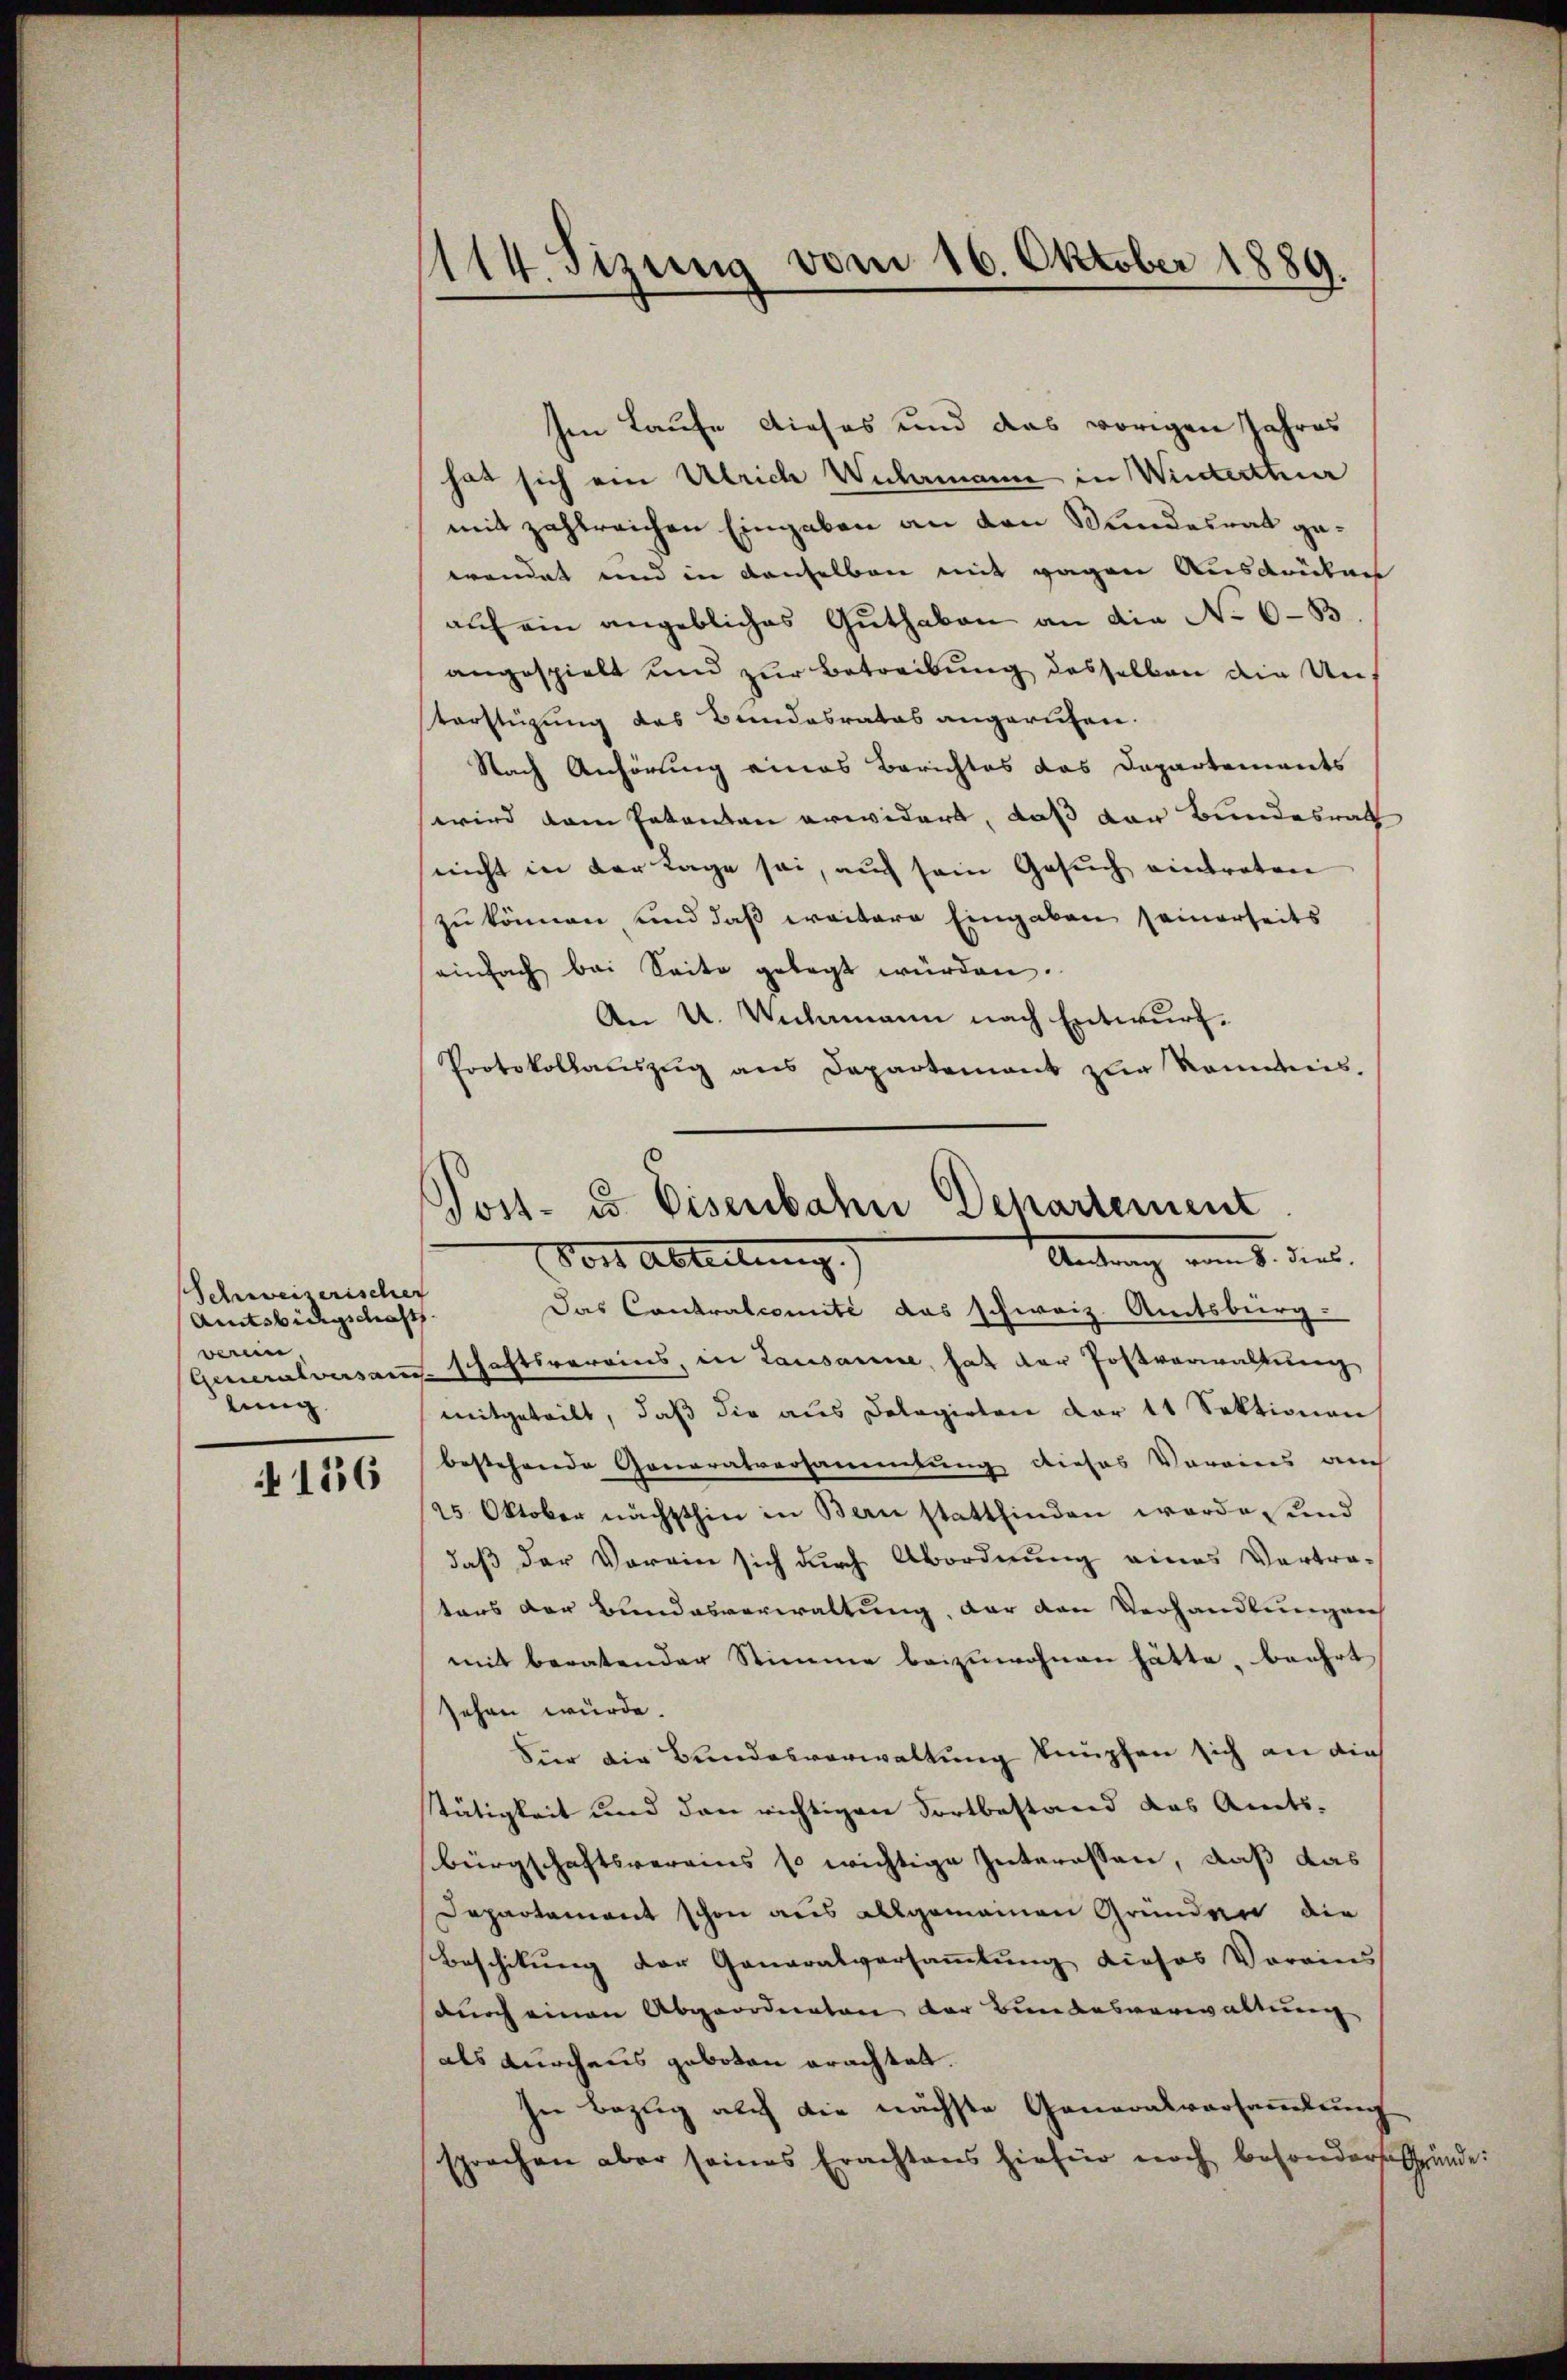
Schweiserischer
Amtsbürgschaft.
werin.
lung.

156

en Laufe dieses und das vorigen Jahres
hat sich ein Ulrich Wulamann in Winterthur
mit zahlreichen Eingaben an den Kundesrat gewendet und in denselben mit gegen Ausdrükers
auf ein angebliches Guthaben an die No 6-B
angespielt und zur Betreibung desselben die Auf
terftigung das Bundesrates angerufen.
Nach Anhörung eines Berichtes das Departements
wird dem Entanten erwidert, daß der Bundesrath
nicht in der Tage sei, auch sein Gesuch eintreten
zu können, und daß weitere Eingaben seinerseits
einfach bei Seite gelegt würden.
An U. Valamann nach Entwurf.
Protokollauszug aus Departement zur Kenntnis.

114. Sizung vom 16. Oktober 1889.

Post- u. Eisenbahn Departement
Antrag vom 8. dies
Vor Abteilung.
Das Contralcomité das schweiz. Amtsbürg

Generalversam schaftsvereins, in Lausanne, hat der Postverwaltung
mitgeteilt, daß die aus Dolagirten der 11 Sektionen
bestehende Generalversammlung dieses Vorains auch
25. Oktober nächsthin in Bern stattfinden werde, und
daß der Vorrin sich durch Abordnung eines Vertra-
tars der Bundesverwaltung, der den Verhandlungen
mit beratender Stimme beizuwohnen hätte, beehrt
sehen würde.
Für die Bundesverwaltung knüpfen sich an die
stätigkeit und den richtigen Fortbestand das Amts-
Bürgschaftsvereins so wichtige Interessen, daß das
Departement schon aus allgemeinen Gründen die
Beschikung der Generalversammlung dieses Vorains
durch einen Abgeorderaten der Bundesverwaltung
als durchaus geboten erachtet.
In Bezug auch die nächste Generalversammlung
sprochen aber seines Erachtens hiefür noch besonders Gründe: